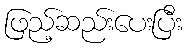
ဖြည့်ဆည်းပေးပြီး